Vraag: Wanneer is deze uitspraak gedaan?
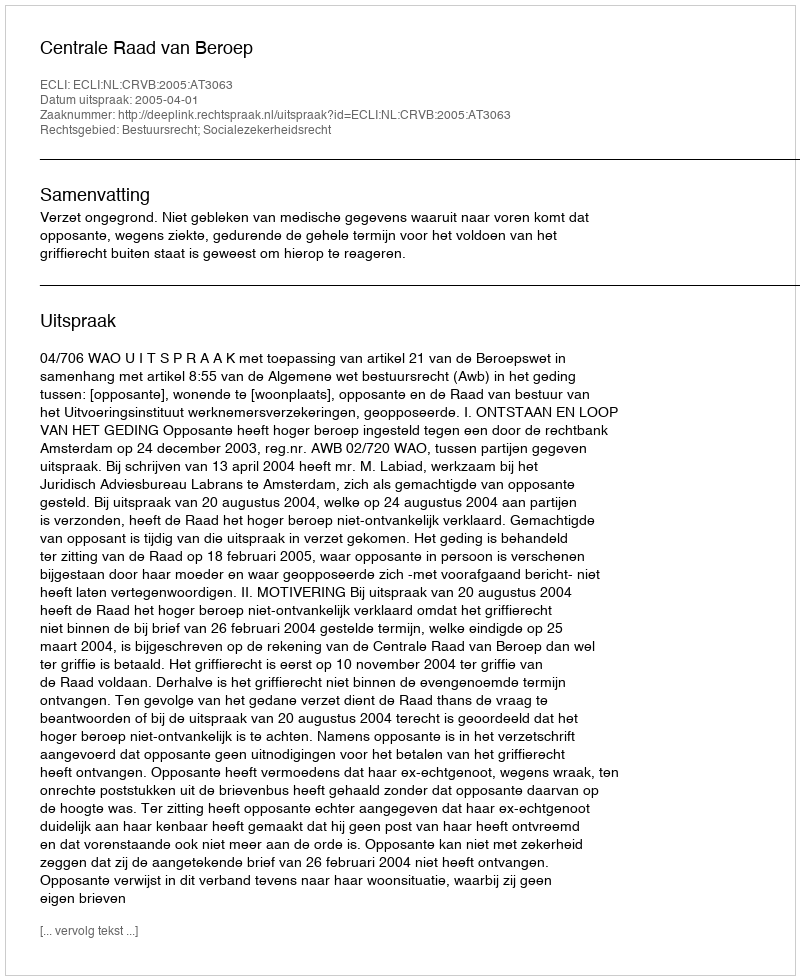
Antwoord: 2005-04-01